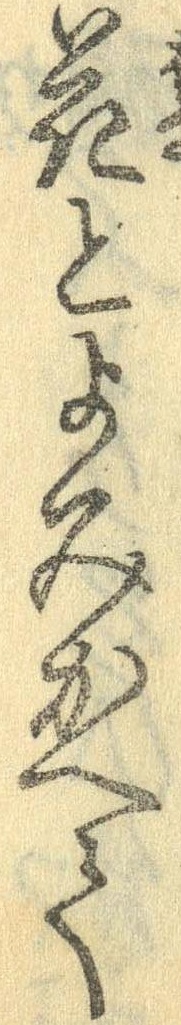
花とよみかへて